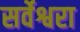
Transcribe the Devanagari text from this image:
सर्वेश्वरा